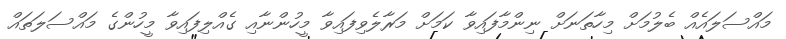
މައްސަލައެއް ބެލުމަށް މިހާތަނަށް ނިންމާފައިވާ ކަމަށް މަރާލެވިފައިވާ މީހުންނާއި ގެއްލިފައިވާ މީހުންގެ މައްސަލަތައް